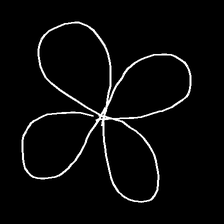
Glyph: billowing